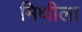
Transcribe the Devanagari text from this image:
मिथीला